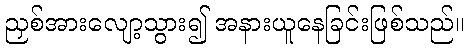
ညှစ်အားလျော့သွား၍ အနားယူနေခြင်းဖြစ်သည်။